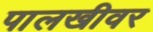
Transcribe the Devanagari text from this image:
पालखीवर